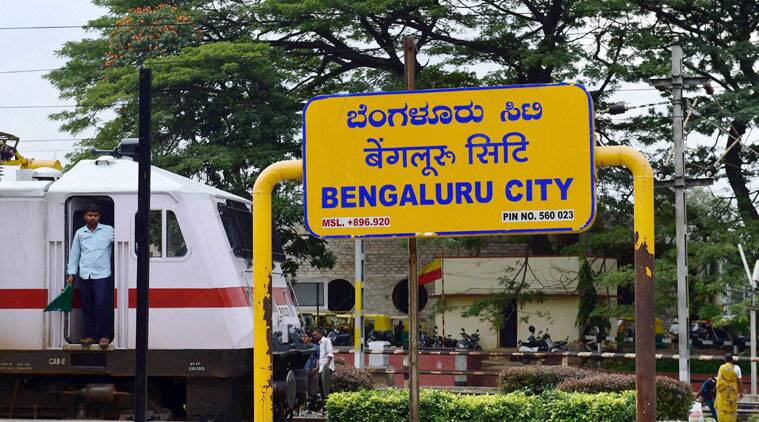
Language: kannada
Transcription: ಬೆಂಗಳೂರು ಸಿಟಿ